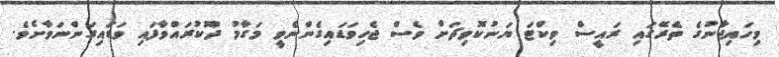
މިހައިޖާނުގެ ތެރޭގައި ރައީސް ވިކްޓަ ޔަނުކޮވިޗަށް ވެސް ޖެހިވަޑައިގެންނެވީ މަގާމު ދޫކުރައްވާފައި ވަޑައިގަންނަވާށެވެ.